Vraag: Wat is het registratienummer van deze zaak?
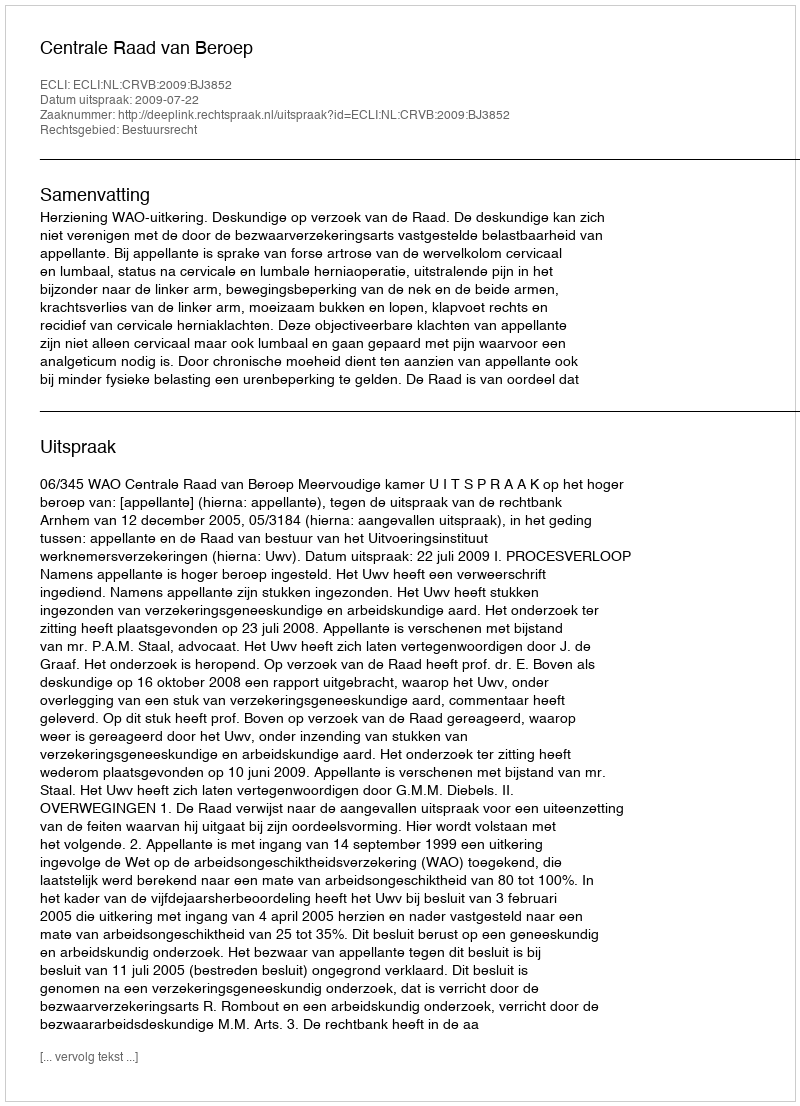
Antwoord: http://deeplink.rechtspraak.nl/uitspraak?id=ECLI:NL:CRVB:2009:BJ3852